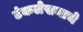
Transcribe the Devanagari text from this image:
टंकलेखनाचे